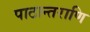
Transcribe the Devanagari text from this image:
पाठान्तराणि